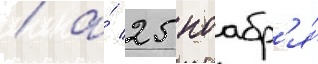
/ а́ 25 ноабр'я́